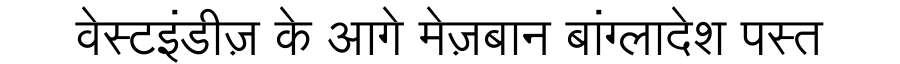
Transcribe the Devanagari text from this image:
वेस्टइंडीज़ के आगे मेज़बान बांग्लादेश पस्त